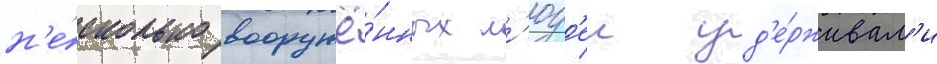
н'е́сколько вооружё́нных л'юд'еи уд'е́рживал'и